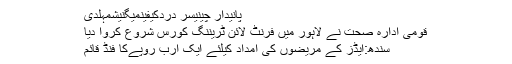
پانیدار چینیسر دردکیفینمیگنیشمہلدی
قومی ادارہ صحت نے لاہور میں فرنٹ لائن ٹریننگ کورس شروع کروا دیا
سندھ:ایڈز کے مریضوں کی امداد کیلئے ایک ارب روپےکا فنڈ قائم